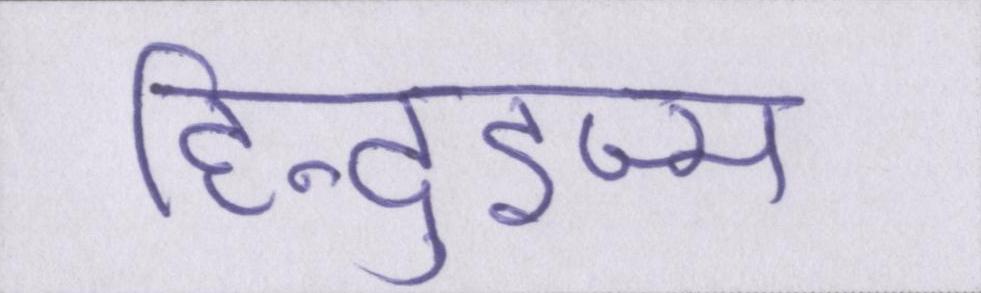
हिन्दुइज्म